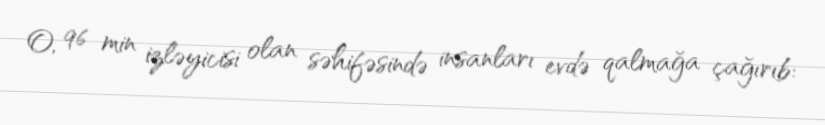
O, 96 min izləyicisi olan səhifəsində insanları evdə qalmağa çağırıb: